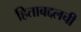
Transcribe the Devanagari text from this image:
हिताबद्दलची